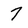
Character: 7